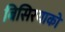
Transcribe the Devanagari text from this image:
बिसिरयाको